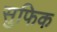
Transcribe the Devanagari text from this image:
सुफिक